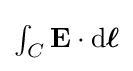
\textstyle \int _{C}\mathbf {E} \cdot \mathrm {d} {\boldsymbol {\ell }}